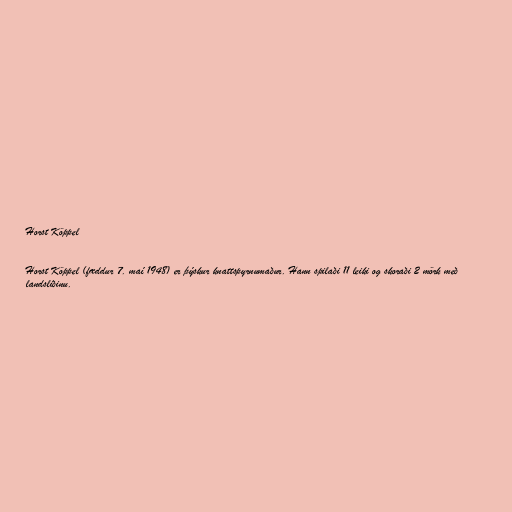
Horst Köppel

Horst Köppel (fæddur 7. maí 1948) er þýskur knattspyrnumaður. Hann spilaði 11 leiki og skoraði 2 mörk með
landsliðinu.